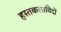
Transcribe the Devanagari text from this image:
हस्तकलाविदों